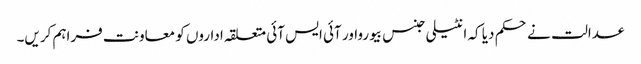
عدالت نے حکم دیا کہ انٹیلی جنس بیورواور آئی ایس آئی متعلقہ اداروں کو معاونت فراہم کریں۔